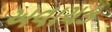
અવાચક